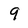
Character: 9